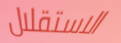
الاستقلال